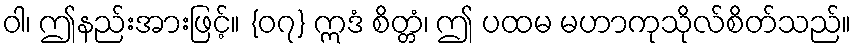
ဝါ၊ ဤနည်းအားဖြင့်။ {၀၇} ဣဒံ စိတ္တံ၊ ဤ ပထမ မဟာကုသိုလ်စိတ်သည်။